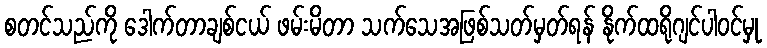
စတင်သည်ကို ဒေါက်တာချစ်ငယ် ဖမ်းမိတာ သက်သေအဖြစ်သတ်မှတ်ရန် နိုက်ထရိုဂျင်ပါဝင်မှု